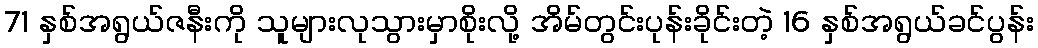
71 နှစ်အရွယ်ဇနီးကို သူများလုသွားမှာစိုးလို့ အိမ်တွင်းပုန်းခိုင်းတဲ့ 16 နှစ်အရွယ်ခင်ပွန်း